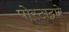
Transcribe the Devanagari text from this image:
पोस्टाद्वारे